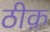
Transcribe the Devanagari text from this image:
ठीक़